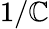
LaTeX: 1/\mathbb{C}